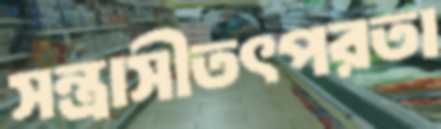
সন্ত্রাসীতৎপরতা